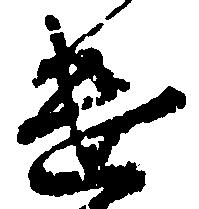
け